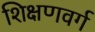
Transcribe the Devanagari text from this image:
शिक्षणवर्ग